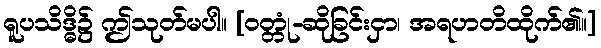
ရူပသိဒ္ဓိ၌ ဤသုတ်မပါ။ [ဝတ္တုံ-ဆိုခြင်းငှာ၊ အရဟတိထိုက်၏။]